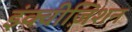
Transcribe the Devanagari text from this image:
इंक्वीज़िशन